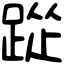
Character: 踨